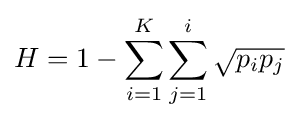
H=1-\sum _{i=1}^{K}\sum _{j=1}^{i}{\sqrt {p_{i}p_{j}}}